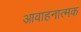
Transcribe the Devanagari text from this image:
आवाहनात्मक